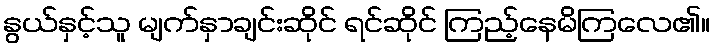
နွယ်နှင့်သူ မျက်နှာချင်းဆိုင် ရင်ဆိုင် ကြည့်နေမိကြလေ၏။